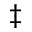
^ \ddagger